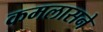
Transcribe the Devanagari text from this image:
कमलासने